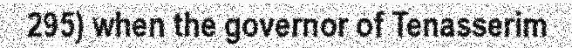
295) when the governor of Tenasserim